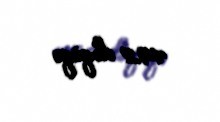
492 dəqiqə